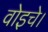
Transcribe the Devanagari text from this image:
वोइचे।